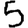
Digit: 5